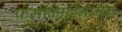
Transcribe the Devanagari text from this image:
फर्माकोडिनेमिक